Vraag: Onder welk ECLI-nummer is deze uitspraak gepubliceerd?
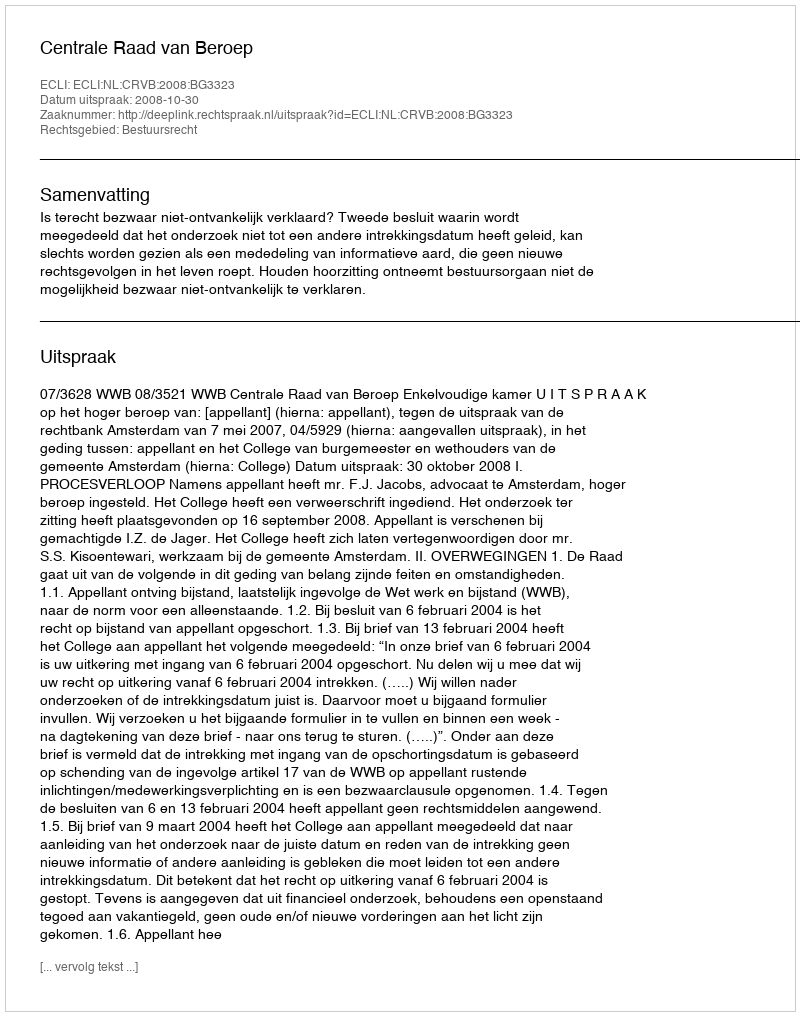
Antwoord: ECLI:NL:CRVB:2008:BG3323